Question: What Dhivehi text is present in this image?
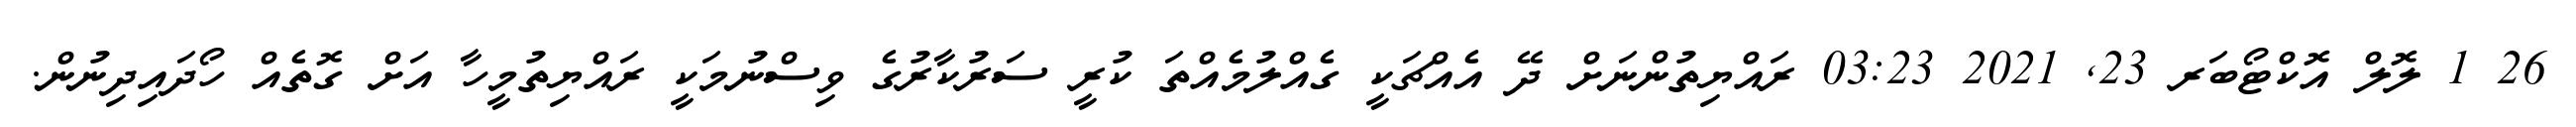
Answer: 26 1 ލޮލް އޮކްޓޯބަރ 23, 2021 03:23 ރައްޔިތުންނަށް ދޭ އެއްޗަކީ ގެއްލުމެއްތަ ކުރީ ސަރުކާރުގެ ވިސްނުމަކީ ރައްޔިތުމީހާ އަށް ގޮތެއް ހޯދައިދިނުން.